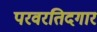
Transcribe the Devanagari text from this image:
परवरतिदगार